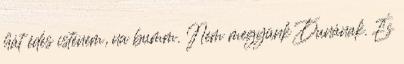
hát édes istenem, na bumm. Nem megyünk Dunának. És